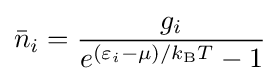
{\bar {n}}_{i}={\frac {g_{i}}{e^{(\varepsilon _{i}-\mu )/k_{\text{B}}T}-1}}